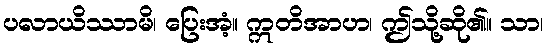
ပလာယိဿာမိ၊ ပြေးအံ့။ ဣတိအာဟ၊ ဤသို့ဆို၏။ သာ၊